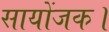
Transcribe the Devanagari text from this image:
सायोंजक।